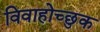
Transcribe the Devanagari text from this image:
विवाहोच्छुक